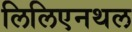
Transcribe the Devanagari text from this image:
लिलिएनथल